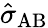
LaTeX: \hat{\sigma}_{\mathrm{AB}}